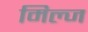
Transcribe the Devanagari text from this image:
मिल्ज